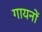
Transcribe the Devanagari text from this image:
गायनों